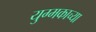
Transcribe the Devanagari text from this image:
युग्मकाच्या